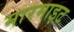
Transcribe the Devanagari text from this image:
मारमाइट